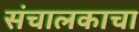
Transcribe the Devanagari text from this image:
संचालकाचा